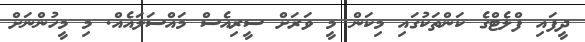
ދީފައި ފްލެޓްގެ ކަންތަކުގައި މިކަން މީ ވަރަށް ސީރިއެސް މައްސަލައެއް. މި މީހުންނަށް